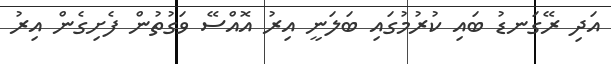
އަދި ރޭގަނޑު ބައި ކުރުމުގައި ބަލަނީ އިރު އޮއްސޭ ވަގުތުން ފެށިގެން އިރު